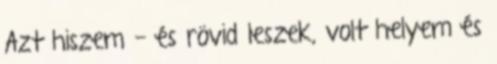
Azt hiszem - és rövid leszek, volt helyem és